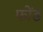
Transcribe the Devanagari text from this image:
फोंड